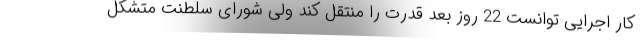
کار اجرایی توانست 22 روز بعد قدرت را منتقل کند ولی شورای سلطنت متشکل